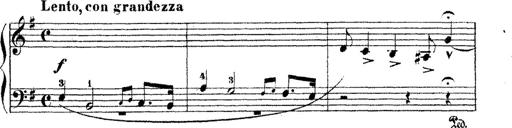
Title: Dem Andenken PetÃ¶fis
Composer: Franz Liszt